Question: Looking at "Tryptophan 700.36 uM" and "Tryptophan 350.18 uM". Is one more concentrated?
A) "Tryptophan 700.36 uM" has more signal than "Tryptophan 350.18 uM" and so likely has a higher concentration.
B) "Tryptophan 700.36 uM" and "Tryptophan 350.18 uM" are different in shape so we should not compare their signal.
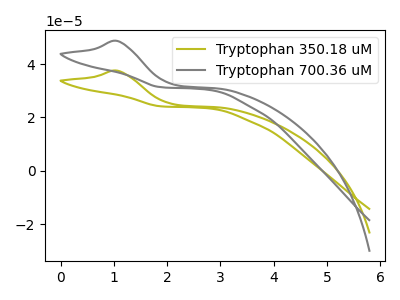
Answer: <think>The olive curve "Tryptophan 350.18 uM" has an anodic peak at: (1.05V, 37.55uA). The gray curve "Tryptophan 700.36 uM" has an anodic peak at: (1.05V, 48.70uA).
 All the peaks in "Tryptophan 700.36 uM" have a peak in "Tryptophan 350.18 uM" at the same potential. Every peak in "Tryptophan 700.36 uM" is higher than every peak in "Tryptophan 350.18 uM".</think>
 <answer>A) "Tryptophan 700.36 uM" has more signal than "Tryptophan 350.18 uM" and so likely has a higher concentration.</answer>
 <eval>A</eval>